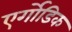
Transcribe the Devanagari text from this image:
एर्गोडिक